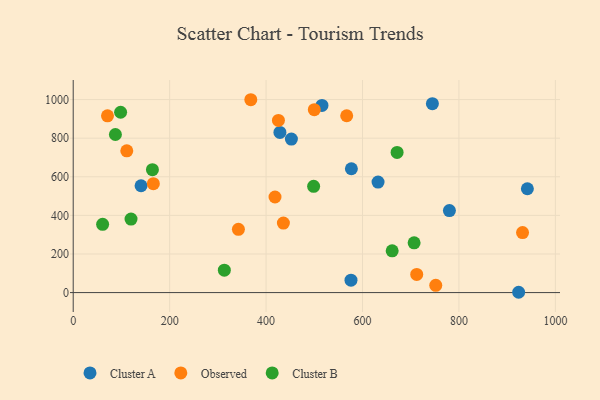
{"axis": {"x": "Investment", "y": "Demand"}, "legend": ["Cluster A", "Cluster B", "Observed"], "data": [{"x": "941.9", "y": 537.9, "type": "Cluster A"}, {"x": "452.5", "y": 795.2, "type": "Cluster A"}, {"x": "140.7", "y": 553.6, "type": "Cluster A"}, {"x": "515.9", "y": 969.6, "type": "Cluster A"}, {"x": "744.9", "y": 978.6, "type": "Cluster A"}, {"x": "576.1", "y": 64.3, "type": "Cluster A"}, {"x": "428.7", "y": 829.8, "type": "Cluster A"}, {"x": "923.8", "y": 1.6, "type": "Cluster A"}, {"x": "780.2", "y": 424.8, "type": "Cluster A"}, {"x": "576.9", "y": 641.5, "type": "Cluster A"}, {"x": "632.2", "y": 572.6, "type": "Cluster A"}, {"x": "418.5", "y": 495.3, "type": "Observed"}, {"x": "342.6", "y": 327.8, "type": "Observed"}, {"x": "751.9", "y": 37.8, "type": "Observed"}, {"x": "712.4", "y": 94.2, "type": "Observed"}, {"x": "567.2", "y": 916.1, "type": "Observed"}, {"x": "435.9", "y": 359.9, "type": "Observed"}, {"x": "500.0", "y": 947.6, "type": "Observed"}, {"x": "368.3", "y": 999.2, "type": "Observed"}, {"x": "931.9", "y": 311.0, "type": "Observed"}, {"x": "71.1", "y": 915.8, "type": "Observed"}, {"x": "425.6", "y": 891.7, "type": "Observed"}, {"x": "166.2", "y": 564.2, "type": "Observed"}, {"x": "111.1", "y": 734.5, "type": "Observed"}, {"x": "87.5", "y": 819.0, "type": "Cluster B"}, {"x": "61.0", "y": 353.7, "type": "Cluster B"}, {"x": "313.4", "y": 116.1, "type": "Cluster B"}, {"x": "671.7", "y": 726.4, "type": "Cluster B"}, {"x": "164.3", "y": 636.9, "type": "Cluster B"}, {"x": "498.6", "y": 550.5, "type": "Cluster B"}, {"x": "119.9", "y": 381.0, "type": "Cluster B"}, {"x": "661.5", "y": 216.3, "type": "Cluster B"}, {"x": "707.0", "y": 257.6, "type": "Cluster B"}, {"x": "98.3", "y": 934.2, "type": "Cluster B"}]}